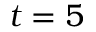
t = 5